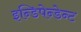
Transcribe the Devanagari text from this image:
इन्डिपेन्डेन्ट